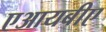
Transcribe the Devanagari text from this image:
एआयबीए